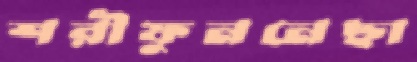
শরীফুননেছা